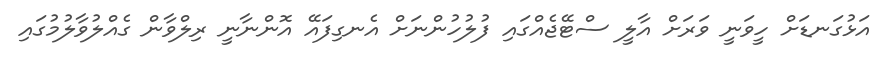
އަޅުގަނޑަށް ހީވަނީ ވަރަށް އާލީ ސްޓޭޖެއްގައި ފުލުހުންނަށް އެނގިފައޭ އޮންނާނީ ރިލްވާން ގެއްލުވާލުމުގައި